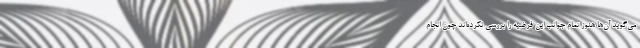
می‌گوید آن‌ها هنوز تمام جوانب این فرضیه را بررسی نکرده‌اند چون انجام